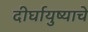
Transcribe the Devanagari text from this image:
दीर्घायुष्याचे